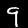
Label: 9